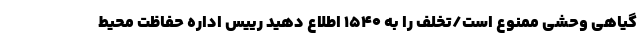
گیاهی وحشی ممنوع است/تخلف را به ۱۵۴۰ اطلاع دهید رییس اداره حفاظت محیط